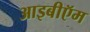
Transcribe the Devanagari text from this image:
आइबीऍम